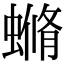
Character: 䗛